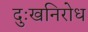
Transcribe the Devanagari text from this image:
दुःखनिरोध